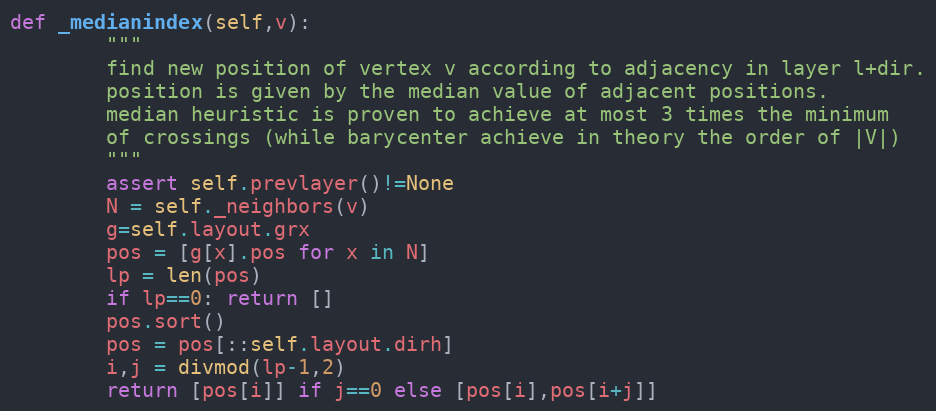
Language: Python
def _medianindex(self,v):
        """
        find new position of vertex v according to adjacency in layer l+dir.
        position is given by the median value of adjacent positions.
        median heuristic is proven to achieve at most 3 times the minimum
        of crossings (while barycenter achieve in theory the order of |V|)
        """
        assert self.prevlayer()!=None
        N = self._neighbors(v)
        g=self.layout.grx
        pos = [g[x].pos for x in N]
        lp = len(pos)
        if lp==0: return []
        pos.sort()
        pos = pos[::self.layout.dirh]
        i,j = divmod(lp-1,2)
        return [pos[i]] if j==0 else [pos[i],pos[i+j]]